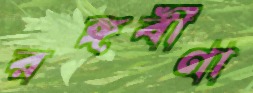
রঙ্গবীণা